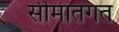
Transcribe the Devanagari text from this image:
सीमांतगत